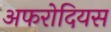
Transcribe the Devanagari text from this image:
अफरोदियस